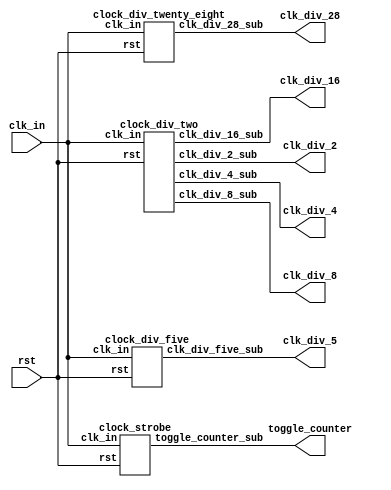
`timescale 1ns / 1ps
//////////////////////////////////////////////////////////////////////////////////
// Company: 
// Engineer: 
// 
// Design Name: 
// Module Name:    clock_gen 
// Project Name: 
// Target Devices: 
// Tool versions: 
// Description: 
//
// Dependencies: 
//
// Revision: 
// Revision 0.01 - File Created
// Additional Comments: 
//
//////////////////////////////////////////////////////////////////////////////////
module clock_gen(
	input clk_in,
	input rst,
	output clk_div_2,
	output clk_div_4,
	output clk_div_8,
	output clk_div_16,
	output clk_div_28,
	output clk_div_5,
	output [7:0] toggle_counter
	);
	
	clock_div_two task_one(.clk_in(clk_in), .rst(rst), .clk_div_2_sub(clk_div_2), .clk_div_4_sub(clk_div_4), 
						  .clk_div_8_sub(clk_div_8), .clk_div_16_sub(clk_div_16));
	clock_div_twenty_eight task_two(.clk_in(clk_in), .rst(rst), .clk_div_28_sub(clk_div_28));
	clock_div_five task_three(.clk_in(clk_in), .rst(rst), .clk_div_five_sub(clk_div_5));
	clock_strobe task_four(.clk_in(clk_in), .rst(rst), .toggle_counter_sub(toggle_counter));
	
endmodule

module clock_div_two(
	input clk_in,
	input rst,
	output clk_div_2_sub,
	output clk_div_4_sub,
	output clk_div_8_sub,
	output clk_div_16_sub
	);
	
	// Temporary Reg Values
	reg clk_div_2_reg;
	reg clk_div_4_reg;
	reg clk_div_8_reg;
	reg clk_div_16_reg;
	
	// 4-bit Counter Implementation
	reg [3:0] a;
	always @(posedge clk_in) begin
		if (rst)
			a <= 4'b0000;
		else begin
			a <= a + 1'b1;
			clk_div_2_reg <= a[0];
			clk_div_4_reg <= a[1];
			clk_div_8_reg <= a[2];
			clk_div_16_reg <= a[3];
		end
	end
	 
	assign clk_div_2_sub = clk_div_2_reg;
	assign clk_div_4_sub = clk_div_4_reg;
	assign clk_div_8_sub = clk_div_8_reg;
	assign clk_div_16_sub = clk_div_16_reg;
	
endmodule

module clock_div_twenty_eight (
	input clk_in,
	input rst,
	output clk_div_28_sub
	);
	
	// Temporary Reg Value
	reg clk_div_28_reg;
	
	// 4-bit Counter Implementation
	reg [3:0] a;
	always @(posedge clk_in) begin
		if (rst) begin
			a <= 4'b0000;
			clk_div_28_reg <= 0;
		end
		else begin
			if (a == 4'b1101) begin
				clk_div_28_reg <= ~clk_div_28_reg;
				a <= 4'b0000;
			end
			else
				a <= a + 1'b1;
		end
	end
	
	assign clk_div_28_sub = clk_div_28_reg;
	
endmodule

module clock_div_five(
	input clk_in,
	input rst,
	output clk_div_five_sub
	);
	
	// Temporary Reg Values
	reg clk_div_five_pos_reg;
	reg clk_div_five_neg_reg;
	
	// 4-bit Counter Posedge Implementation
	reg [3:0] a;
	always @(posedge clk_in) begin
		if (rst) begin
			a <= 4'b0000;
			clk_div_five_pos_reg <= 1;
		end
		else begin
			if (a == 4'b0001) begin
				clk_div_five_pos_reg <= ~clk_div_five_pos_reg;
				a <= a + 1'b1;
			end
			else if (a == 4'b0100) begin
				a <= 4'b0000;
				clk_div_five_pos_reg <= ~clk_div_five_pos_reg;
			end
			else
				a <= a + 1'b1;
		end
	end
	
	// 4-bit Counter Negedge Implementation
	reg [3:0] b;
	always @(negedge clk_in) begin
		if (rst) begin
			b <= 4'b0000;
			clk_div_five_neg_reg <= 1;
		end
		else begin
			if (b == 4'b0001) begin
				clk_div_five_neg_reg <= ~clk_div_five_neg_reg;
				b <= b + 1'b1;
			end
			else if (b == 4'b0100) begin
				b <= 4'b0000;
				clk_div_five_neg_reg <= ~clk_div_five_neg_reg;
			end
			else
				b <= b + 1'b1;
		end
	end
	
	assign clk_div_five_pos_sub = clk_div_five_pos_reg;
	assign clk_div_five_neg_sub = clk_div_five_neg_reg;
	
	assign clk_div_five_sub = ((clk_div_five_pos_sub) || (clk_div_five_neg_sub));
	
endmodule

module clock_strobe(
	input clk_in,
	input rst,
	output [7:0] toggle_counter_sub
	);
	
	// Temporary Reg Value
	reg strobe_reg;
	reg [7:0] toggle_counter_reg;
	
	// 4-bit Counter Implementation, Strobe
	reg [3:0] a;
	always @(posedge clk_in) begin
		if (rst) begin
			a <= 4'b0000;
			strobe_reg <= 0;
		end
		else begin
			if (a == 4'b0010) begin
				strobe_reg <= ~strobe_reg;
				a <= a + 1'b1;
			end
			else if (a == 4'b0011) begin
				a <= 4'b0000;
				strobe_reg <= ~strobe_reg;
			end
			else
				a <= a + 1'b1;
		end
	end
	
	// toggle_counter Implementation
	always @(posedge clk_in) begin
		if (rst) begin
			toggle_counter_reg <= 0;
		end
		else begin
			if (strobe_reg)
				toggle_counter_reg <= (toggle_counter_reg - 5);
			else
				toggle_counter_reg <= (toggle_counter_reg + 2);
		end
	end
	
	assign toggle_counter_sub = toggle_counter_reg;
	
endmodule